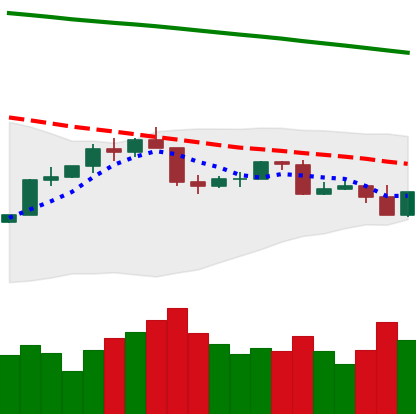
Ticker: TRX-USD
Chart end date: 2022-02-22
Forward return: -7.358%
Label: down_7plus